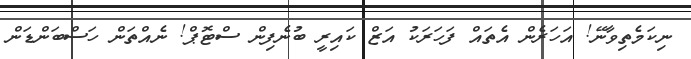
ނިކަމެތިވާނޭ! އަހަރެން އެތައް ފަހަރަކު އަޒް ކައިރީ ބުނެފިން ސްޓޮޕް! ނެއްތަން ހަސްބަންޑަން